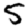
Digit: 5